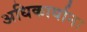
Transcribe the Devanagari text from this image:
अधिकार्याना